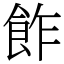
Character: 飵